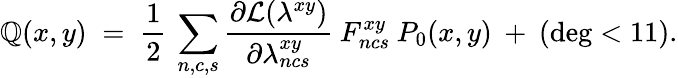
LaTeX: \mathbb{Q}(x,y)\; =\; \frac{{1}}{{2}}\: \sum_{n,c,s}\frac{{\partial{\cal{L}}(\lambda^{xy})}}{{\partial\lambda_{ncs}^{xy}}}\: F_{ncs}^{xy}\: P_{0}(x,y)\: +\: (\deg<11).